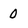
Character: 0